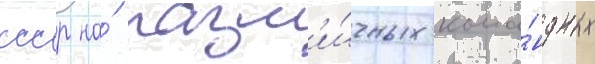
ссср на́ разл'и́чных кома́ндных